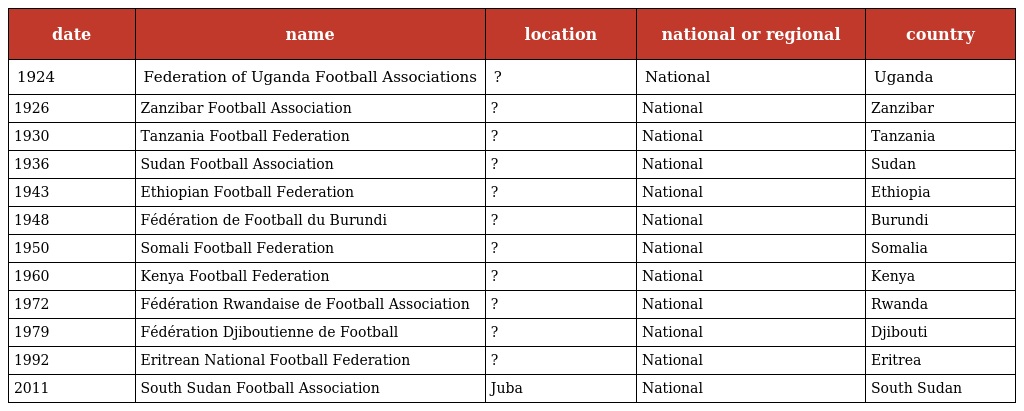
| date | name | location | national or regional | country |
 | --- | --- | --- | --- | --- |
 | 1924 | Federation of Uganda Football Associations | ? | National | Uganda |
 | 1926 | Zanzibar Football Association | ? | National | Zanzibar |
 | 1930 | Tanzania Football Federation | ? | National | Tanzania |
 | 1936 | Sudan Football Association | ? | National | Sudan |
 | 1943 | Ethiopian Football Federation | ? | National | Ethiopia |
 | 1948 | Fédération de Football du Burundi | ? | National | Burundi |
 | 1950 | Somali Football Federation | ? | National | Somalia |
 | 1960 | Kenya Football Federation | ? | National | Kenya |
 | 1972 | Fédération Rwandaise de Football Association | ? | National | Rwanda |
 | 1979 | Fédération Djiboutienne de Football | ? | National | Djibouti |
 | 1992 | Eritrean National Football Federation | ? | National | Eritrea |
 | 2011 | South Sudan Football Association | Juba | National | South Sudan |